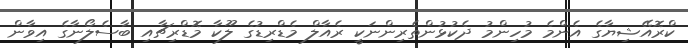
ކްރޮއޭޝިޔާގެ އެންމެ މުހިންމު ދެކުޅުންތެރިންނަކީ ރެއާލް މެޑްރިޑުގެ ލޫކާ މޮޑްރިޗާއި ބާސެލޯނާގެ އިވާން